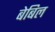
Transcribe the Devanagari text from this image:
बेबिल